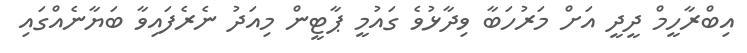
އިބްރާހީމް ދީދީ އަށް މަރުހަބާ ވިދާޅުވެ ގައުމީ ޕާޓީން މިއަދު ނެރެފައިވާ ބަޔާނެއްގައި